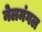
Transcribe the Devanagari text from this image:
नेलमंगल